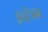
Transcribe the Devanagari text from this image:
इतरेजन